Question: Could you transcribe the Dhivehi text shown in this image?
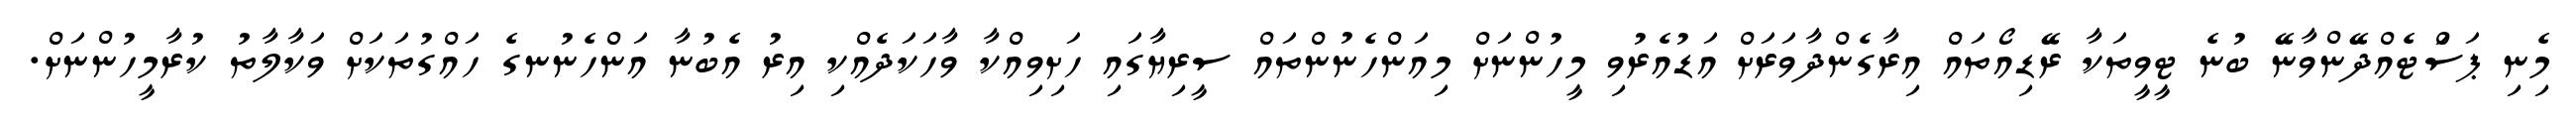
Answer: މިެނި ޕަސަްޓެއްދޭންވާނޭ ބުނެ ޓީވީތަކާ ރޭޑިއޯތައް އިރާގެންދާވަރަށް އަޑުއެރުވި މީހުންނަށް މިއަންހެނުންތައް ސީރިޔާގައި ހަށިވިއްކާ ވާހަކަދެއްކި އިރު އެބުނާ އަންހެނުނގެ ހައްގުތަކަށް ވަކާލާތު ކުރާމީހުންނަށް.